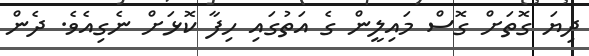
ދިޔަ ގޮތަށް ގޮސް މައިލީން ގެ އަތުގައި ހިފާ ކޮޅަށް ނެގިއެވެ. ދެން